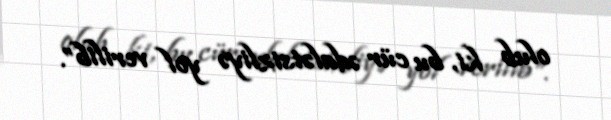
olub ki, bu cür ədalətsizliyə yol verilib”.